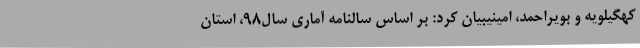
کهگیلویه و بویراحمد، امینیبیان کرد: بر اساس سالنامه آماری سال98، استان